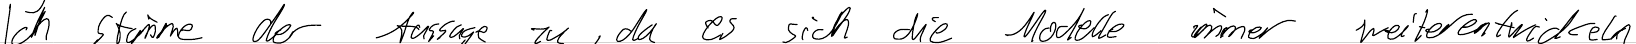
Ich stimme der Aussage zu, da es sich die Modelle immer weiterentwickeln